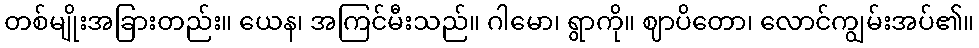
တစ်မျိုးအခြားတည်း။ ယေန၊ အကြင်မီးသည်။ ဂါမော၊ ရွာကို။ ဈာပိတော၊ လောင်ကျွမ်းအပ်၏။